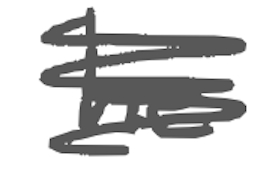
Text: he
Cross-out: scratch
Writing tool: digital_gray